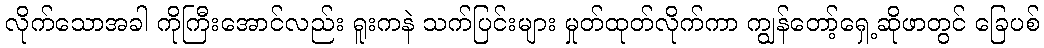
လိုက်သောအခါ ကိုကြီးအောင်လည်း ရူးကနဲ သက်ပြင်းများ မှုတ်ထုတ်လိုက်ကာ ကျွန်တော့်ရှေ့ဆိုဖာတွင် ခြေပစ်